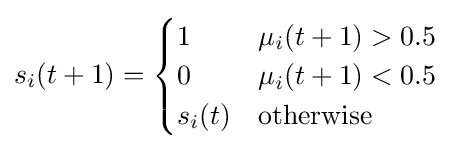
s_{i}(t+1)={\begin{cases}1&\mu _{i}(t+1)>0.5\\0&\mu _{i}(t+1)<0.5\\s_{i}(t)&{\text{otherwise}}\end{cases}}